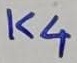
Text: K4